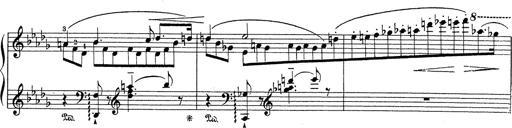
Title: Grosses Konzertsolo
Composer: Franz Liszt